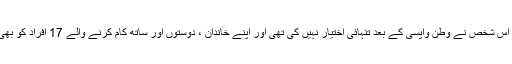
امارات کی وزارت صحت کے مطابق اس شخص نے وطن واپسی کے بعد تنہائی اختیار نہیں کی تھی اور اپنے خاندان ، دوستوں اور ساتھ کام کرنے والے 17 افراد کو بھی اس مہلک وائرس کا شکار کردیا ہے۔